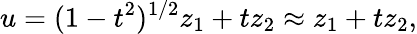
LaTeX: u=(1-t^{2})^{1/2}z_{1}+tz_{2}\approx z_{1}+tz_{2},